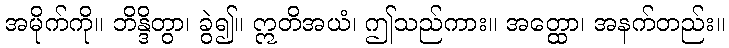
အမိုက်ကို။ ဘိန္ဒိတွာ၊ ခွဲ၍။ ဣတိအယံ၊ ဤသည်ကား။ အတ္ထော၊ အနက်တည်း။